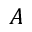
A